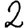
Digit: 2